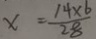
x = \frac { 1 4 \times 6 } { 2 8 }